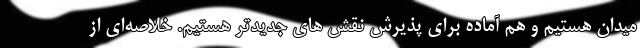
میدان هستیم و هم آماده برای پذیرش نقش های جدیدتر هستیم. خلاصه‌ای از